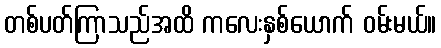
တစ်ပတ်ကြာသည်အထိ ကလေးနှစ်ယောက် ဝမ်းမယ်။